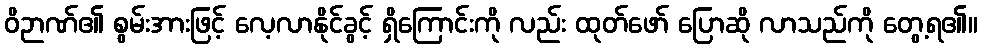
ဝိဉာဏ်၏ စွမ်းအားဖြင့် လေ့လာနိုင်ခွင့် ရှိကြောင်းကို လည်း ထုတ်ဖော် ပြောဆို လာသည်ကို တွေ့ရ၏။